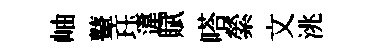
岫鼙珏違賦嗒縈文洮